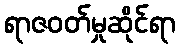
ရာဇဝတ်မှုဆိုင်ရာ